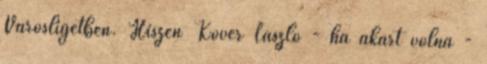
Városligetben. Hiszen Kövér László - ha akart volna -